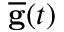
\overline { { \bf g } } ( t )